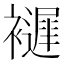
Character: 𧞘